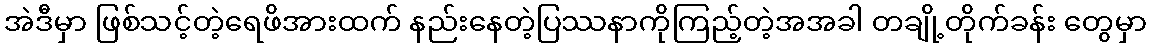
အဲဒီမှာ ဖြစ်သင့်တဲ့ရေဖိအားထက် နည်းနေတဲ့ပြဿနာကိုကြည့်တဲ့အအခါ တချို့တိုက်ခန်း တွေမှာ